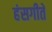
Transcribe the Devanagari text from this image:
हंसगीते